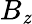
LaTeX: B_{\mathit{z}}